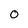
Character: O